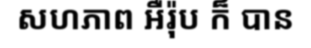
សហភាព អឺរ៉ុប ក៏ បាន